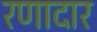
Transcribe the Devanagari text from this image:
रणादार